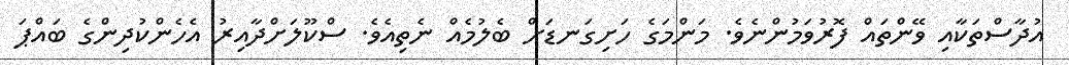
އުދާސްތަކާއި ވޭންތައް ފޮރުވަމުންނެވެ. މަންމަގެ ހަށިގަނޑަށް ބެލުމެއް ނެތިއެވެ. ސްކޫލަށްދާއިރު އެހެންކުދިންގެ ބައްޕަ